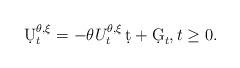
LaTeX: \begin{align*}\d U^{\theta,\xi}_t = -\theta U^{\theta,\xi}_t \,\d t + \d G_t, t\ge 0.\end{align*}